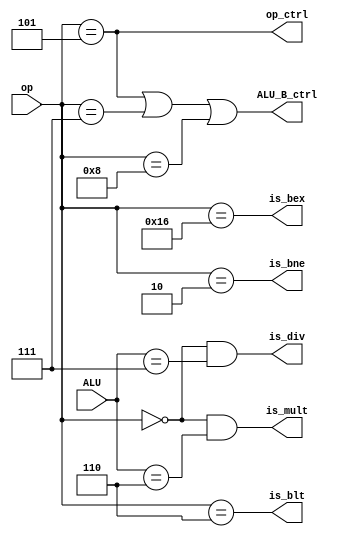
module decode_X(ALU_B_ctrl, op_ctrl, is_mult, is_div, is_bne, is_blt, is_bex, op, ALU);
    input [4:0] op, ALU;
    output ALU_B_ctrl, op_ctrl, is_mult, is_div, is_bne, is_blt, is_bex;

    wire addi, basicALU;
    assign addi = (op == 5'b00101);
    assign basicALU = (op == 5'b00000);

    assign ALU_B_ctrl = addi | (op == 5'b00111) | (op == 5'b01000);
    assign op_ctrl = addi;
    assign is_mult = basicALU & (ALU == 5'b00110);
    assign is_div = basicALU & (ALU == 5'b00111);
    assign is_bne = (op == 5'b00010);
    assign is_blt = (op == 5'b00110);
    assign is_bex = (op == 5'b10110);

endmodule